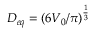
D _ { e q } = ( 6 V _ { 0 } / \pi ) ^ { \frac { 1 } { 3 } }